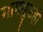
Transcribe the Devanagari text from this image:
मागमुसही